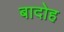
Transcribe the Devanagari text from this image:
बादोह